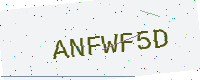
Text: ANFWF5D